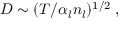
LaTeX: D \sim ( T / \alpha _ { l } n _ { l } ) ^ { 1 / 2 } \; ,